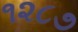
૧૨૮૭